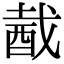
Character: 酨